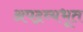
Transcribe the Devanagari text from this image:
अपद्रव्यभूत